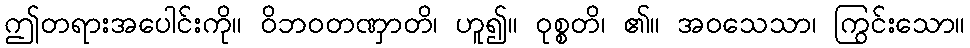
ဤတရားအပေါင်းကို။ ဝိဘဝတဏှာတိ၊ ဟူ၍။ ဝုစ္စတိ၊ ၏။ အဝသေသာ၊ ကြွင်းသော။